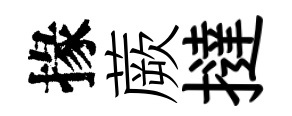
掾蕨撻